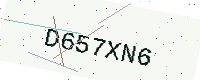
Text: D657XN6